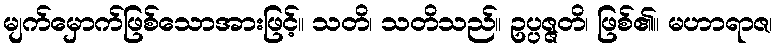
မျက်မှောက်ဖြစ်သောအားဖြင့်။ သတိ၊ သတိသည်။ ဥပ္ပဇ္ဇတိ၊ ဖြစ်၏။ မဟာရာဇ၊